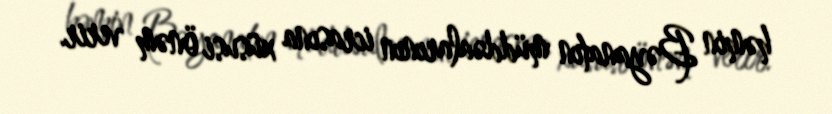
həmin Bəyanatın müddəalarının icrasına xüsusi önəm verir.